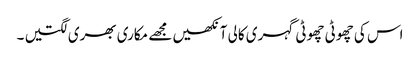
اس کی چھوٹی چھوٹی گہری کالی آنکھیں مجھے مکاری بھری لگتیں ۔